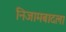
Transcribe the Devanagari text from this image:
निजामबादला